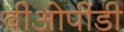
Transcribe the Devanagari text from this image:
बीओपीडी